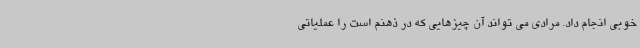
خوبی انجام داد. مرادی می تواند آن چیزهایی که در ذهنم است را عملیاتی